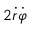
2 { \dot { r } } { \dot { \varphi } }